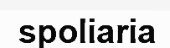
spoliaria